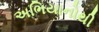
અભિયાનોથી